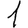
Digit: 1